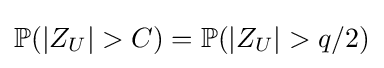
\mathbb {P} (|Z_{U}|>C)=\mathbb {P} (|Z_{U}|>q/2)